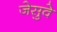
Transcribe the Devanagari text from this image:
जेसुवे